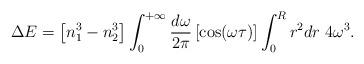
LaTeX: \begin{align*}\Delta E = \left[ n_1^3 - n_2^3 \right] \int_{0}^{+\infty} {d\omega\over2\pi}\left[ \cos(\omega\tau) \right] \int_0^R r^2 dr \; 4 \omega^3.\end{align*}